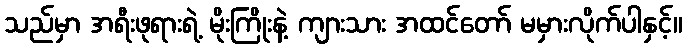
သည်မှာ အရီးဖုရားရဲ့ မိုးကြိုးနဲ့ ကျားသား အထင်တော် မမှားလိုက်ပါနှင့်။